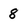
Character: 8